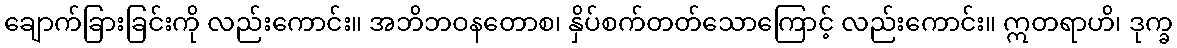
ချောက်ခြားခြင်းကို လည်းကောင်း။ အဘိဘဝနတောစ၊ နှိပ်စက်တတ်သောကြောင့် လည်းကောင်း။ ဣတရာဟိ၊ ဒုက္ခ